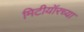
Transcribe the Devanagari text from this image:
मिटीयॉरच्या